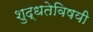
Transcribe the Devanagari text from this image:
शुद्धतेविषयी